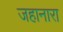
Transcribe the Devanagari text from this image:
जहानारा